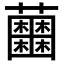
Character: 𧅲